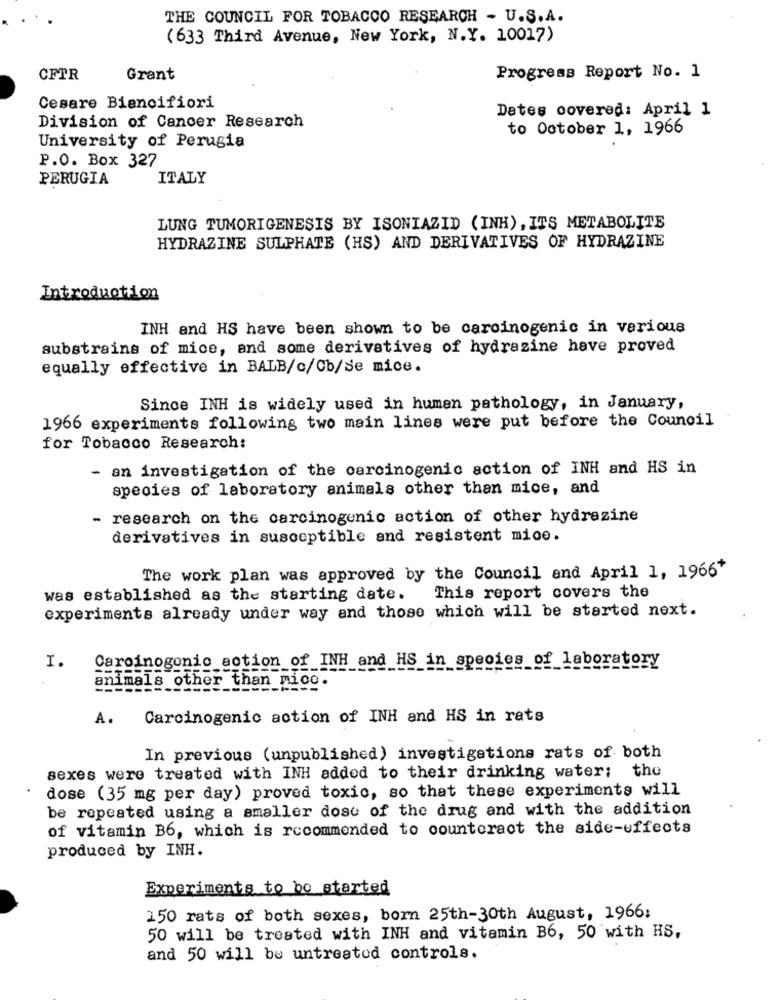
THE COUNCIL FOR TOBACCO RESEARCH - U.S.A.
(633 Third Avenue, New York, N.Y. 10017)
CFPR
Grant
Progress Report No. 1
Cesare Biencifiori
Dates covered: April 1
Division of Cancer Research
to October 1, 1966
University of Perugia
P.O. Box 327
PERUGIA
ITALY
LUNG TUMORIGENESIS BY ISONIAZID (INH) , ITS METABOLITE
HYDRAZINE SULPHATE (HS) AND DERIVATIVES OF HYDRAZINE
Introduction
INH and HS have been shown to be carcinogenic in various
substrains of mice, and some derivatives of hydrazine have proved
equally effective in BALB/c/Cb/Se mice.
Since INH is widely used in human pathology, in January,
1966 experiments following two main lines were put before the Council
for Tobacco Research:
- an investigation of the carcinogenic action of INH and HS in
species of laboratory animals other than mice, and
- research on the carcinogenic action of other hydrazine
derivatives in susceptible and resistent mioe.
The work plan was approved by the Council and April 1, 1966+
was established as the starting date.
This report covers the
experiments already under way and those which will be started next.
Carcinogenic action of INH and HS in species of laboratory
I.
animals other than mice.
A.
Carcinogenic action of INH and HS in rats
In previous (unpublished) investigations rats of both
sexes were treated with INH added to their drinking water; the
dose (35 mg per day) proved toxic, so that these experiments will
be repeated using a smaller dose of the drug and with the addition
of vitamin B6, which is recommended to counteract the side-effects
produced by INH.
Experiments to bo started
150 rats of both sexes, born 25th-30th August, 1966:
50 will be treated with INH and vitamin B6, 50 with HS,
and 50 will be untreated controls.